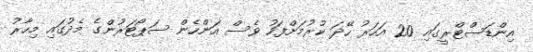
އިންޑަސްޓްރީގައި 20 އަހަރު ހޭދަ ކުރުމަށްފަހު ވެސް އަންހެން ސަޕޯޓަރުންގެ މެދުގައި މިހާރު